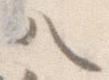
ハ